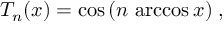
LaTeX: T _ { n } ( x ) = \cos { ( n \, \operatorname { a r c c o s } { x } ) } \; ,